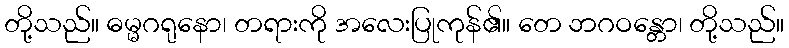
တို့သည်။ ဓမ္မဂရုနော၊ တရားကို အလေးပြုကုန်၏။ တေ ဘဂဝန္တော၊ တို့သည်။